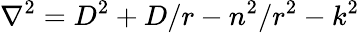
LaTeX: \nabla^{2}=D^{2}+D/r-n^{2}/r^{2}-k^{2}